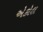
એકોલ